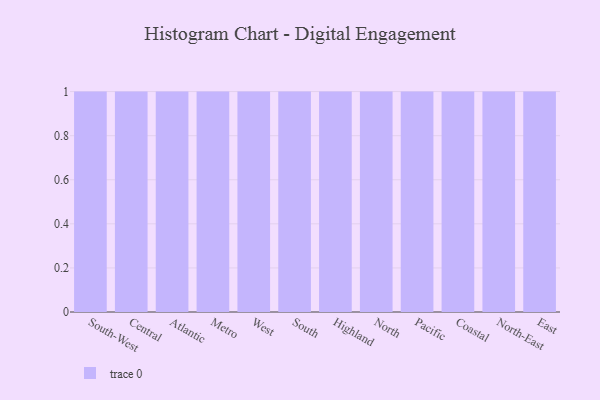
{"axis": {"x": "Region", "y": "Operating Costs (USD K)"}, "legend": [""], "data": [{"x": "South-West", "y": 18, "type": ""}, {"x": "Central", "y": 1, "type": ""}, {"x": "Atlantic", "y": 70, "type": ""}, {"x": "Metro", "y": 18, "type": ""}, {"x": "West", "y": 96, "type": ""}, {"x": "South", "y": 52, "type": ""}, {"x": "Highland", "y": 39, "type": ""}, {"x": "North", "y": 53, "type": ""}, {"x": "Pacific", "y": 21, "type": ""}, {"x": "Coastal", "y": 33, "type": ""}, {"x": "North-East", "y": 74, "type": ""}, {"x": "East", "y": 86, "type": ""}]}